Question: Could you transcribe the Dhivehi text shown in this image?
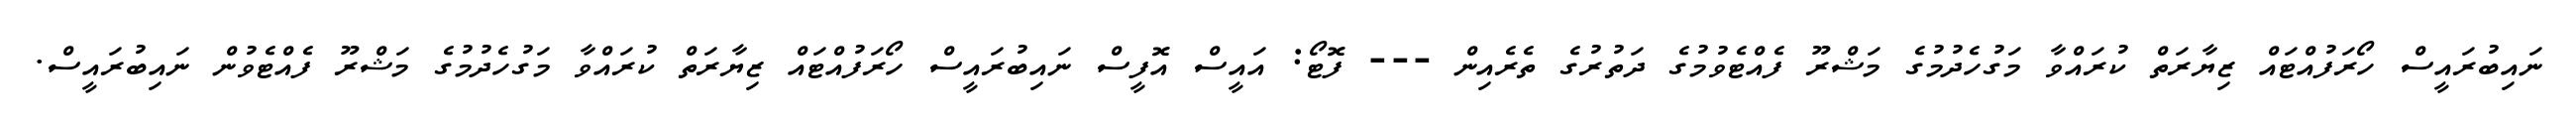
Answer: ނައިބުރައީސް ހޯރަފުއްޓައް ޒިޔާރަތް ކުރައްވާ މަގުހެދުމުގެ މަޝްރޫ ފެއްޓެވުމުގެ ދަތުރުގެ ތެރެއިން --- ފޮޓޯ: އައީސް އޮފީސް ނައިބުރައީސް ހޯރަފުއްޓައް ޒިޔާރަތް ކުރައްވާ މަގުހެދުމުގެ މަޝްރޫ ފެއްޓެވުން ނައިބުރައީސް.